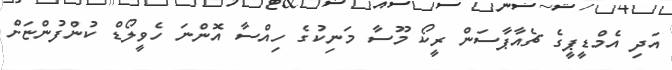
އަދި އެމްޑީޕީގެ ޗެއާޕާސަން ރީކޯ މޫސާ މަނިކުގެ ހިއްސާ އޮންނަ ހެވީލޯޑް ކުންފުންޏަށް